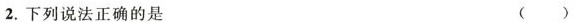
2.下列说法正确的是 ( )